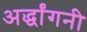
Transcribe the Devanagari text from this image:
अर्द्धांगनी